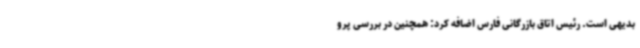
بدیهی است. رئیس اتاق بازرگانی فارس اضافه کرد: همچنین در بررسی پرو